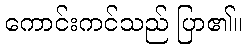
ကောင်းကင်သည် ပြာ၏။